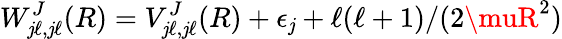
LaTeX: W_{\mathit{j}\ell,\mathit{j}\ell}^{J}(R)=V_{\mathit{j}\ell,\mathit{j}\ell}^{J}(R)+\epsilon_{\mathit{j}}+\ell(\ell+1)/(2\muR^{2})